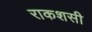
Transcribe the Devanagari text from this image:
राकशसी